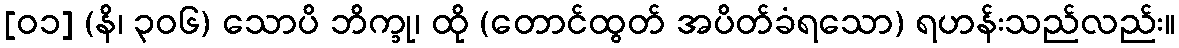
[၀၁] (နိ၊ ၃၀၆) သောပိ ဘိက္ခု၊ ထို (တောင်ထွတ် အပိတ်ခံရသော) ရဟန်းသည်လည်း။